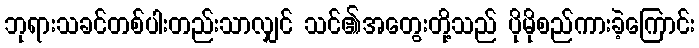
ဘုရားသခင်တစ်ပါးတည်းသာလျှင် သင်၏အတွေးတို့သည် ပိုမိုစည်ကားခဲ့ကြောင်း